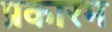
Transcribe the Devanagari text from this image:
प्रकारम